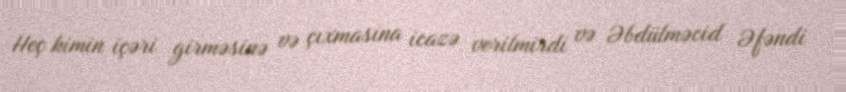
Heç kimin içəri girməsinə və çıxmasına icazə verilmirdi və Əbdülməcid Əfəndi